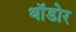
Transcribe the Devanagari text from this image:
थॉडोर